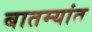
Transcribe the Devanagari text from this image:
बातम्‍यांत